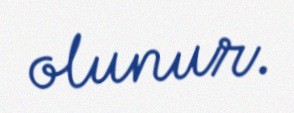
olunur.